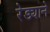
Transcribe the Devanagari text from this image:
रेड्याने